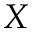
\boldsymbol { \cal X }